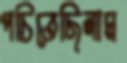
পচিতেছিলাম